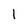
Character: I